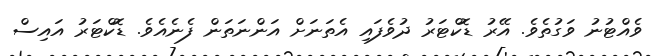
ވެއްޓުނު ވަގުތެވެ. އޭރު ޑޮކްޓަރު ދުވެފައި އެތަނަށް އަންނަތަން ފެނެއެވެ. ޑޮކްޓަރު އައިސް